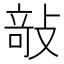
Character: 𭣿